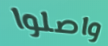
واصلوا